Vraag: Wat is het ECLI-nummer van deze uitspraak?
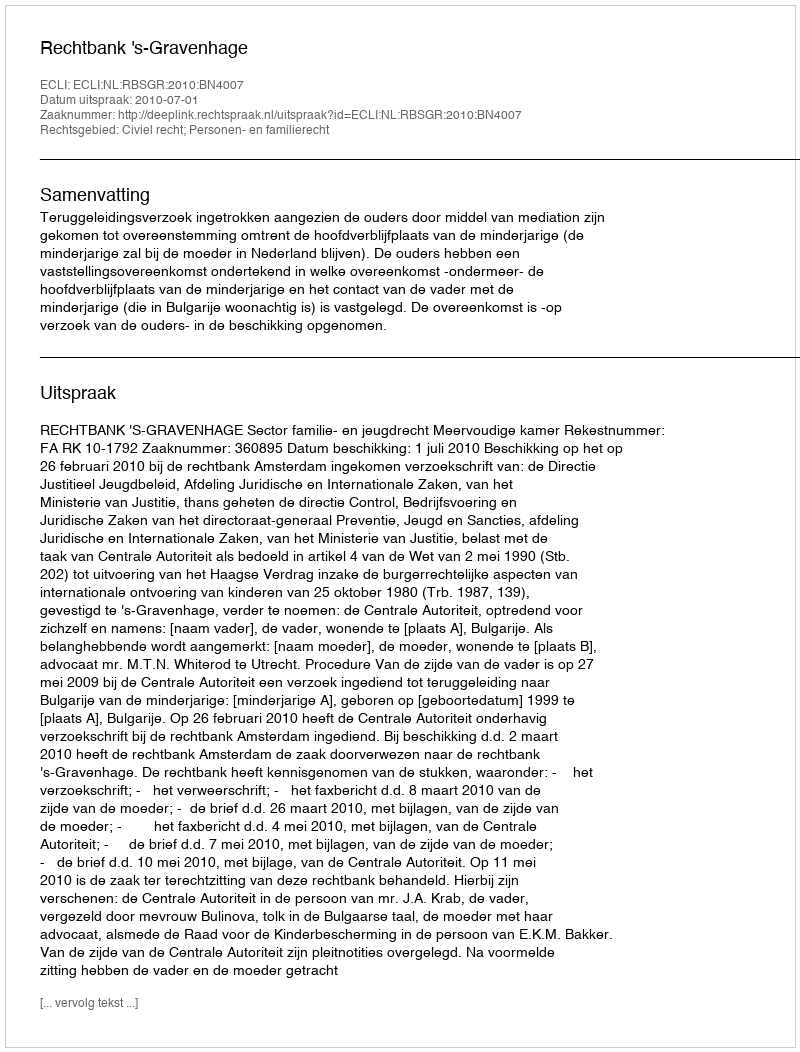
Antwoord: ECLI:NL:RBSGR:2010:BN4007